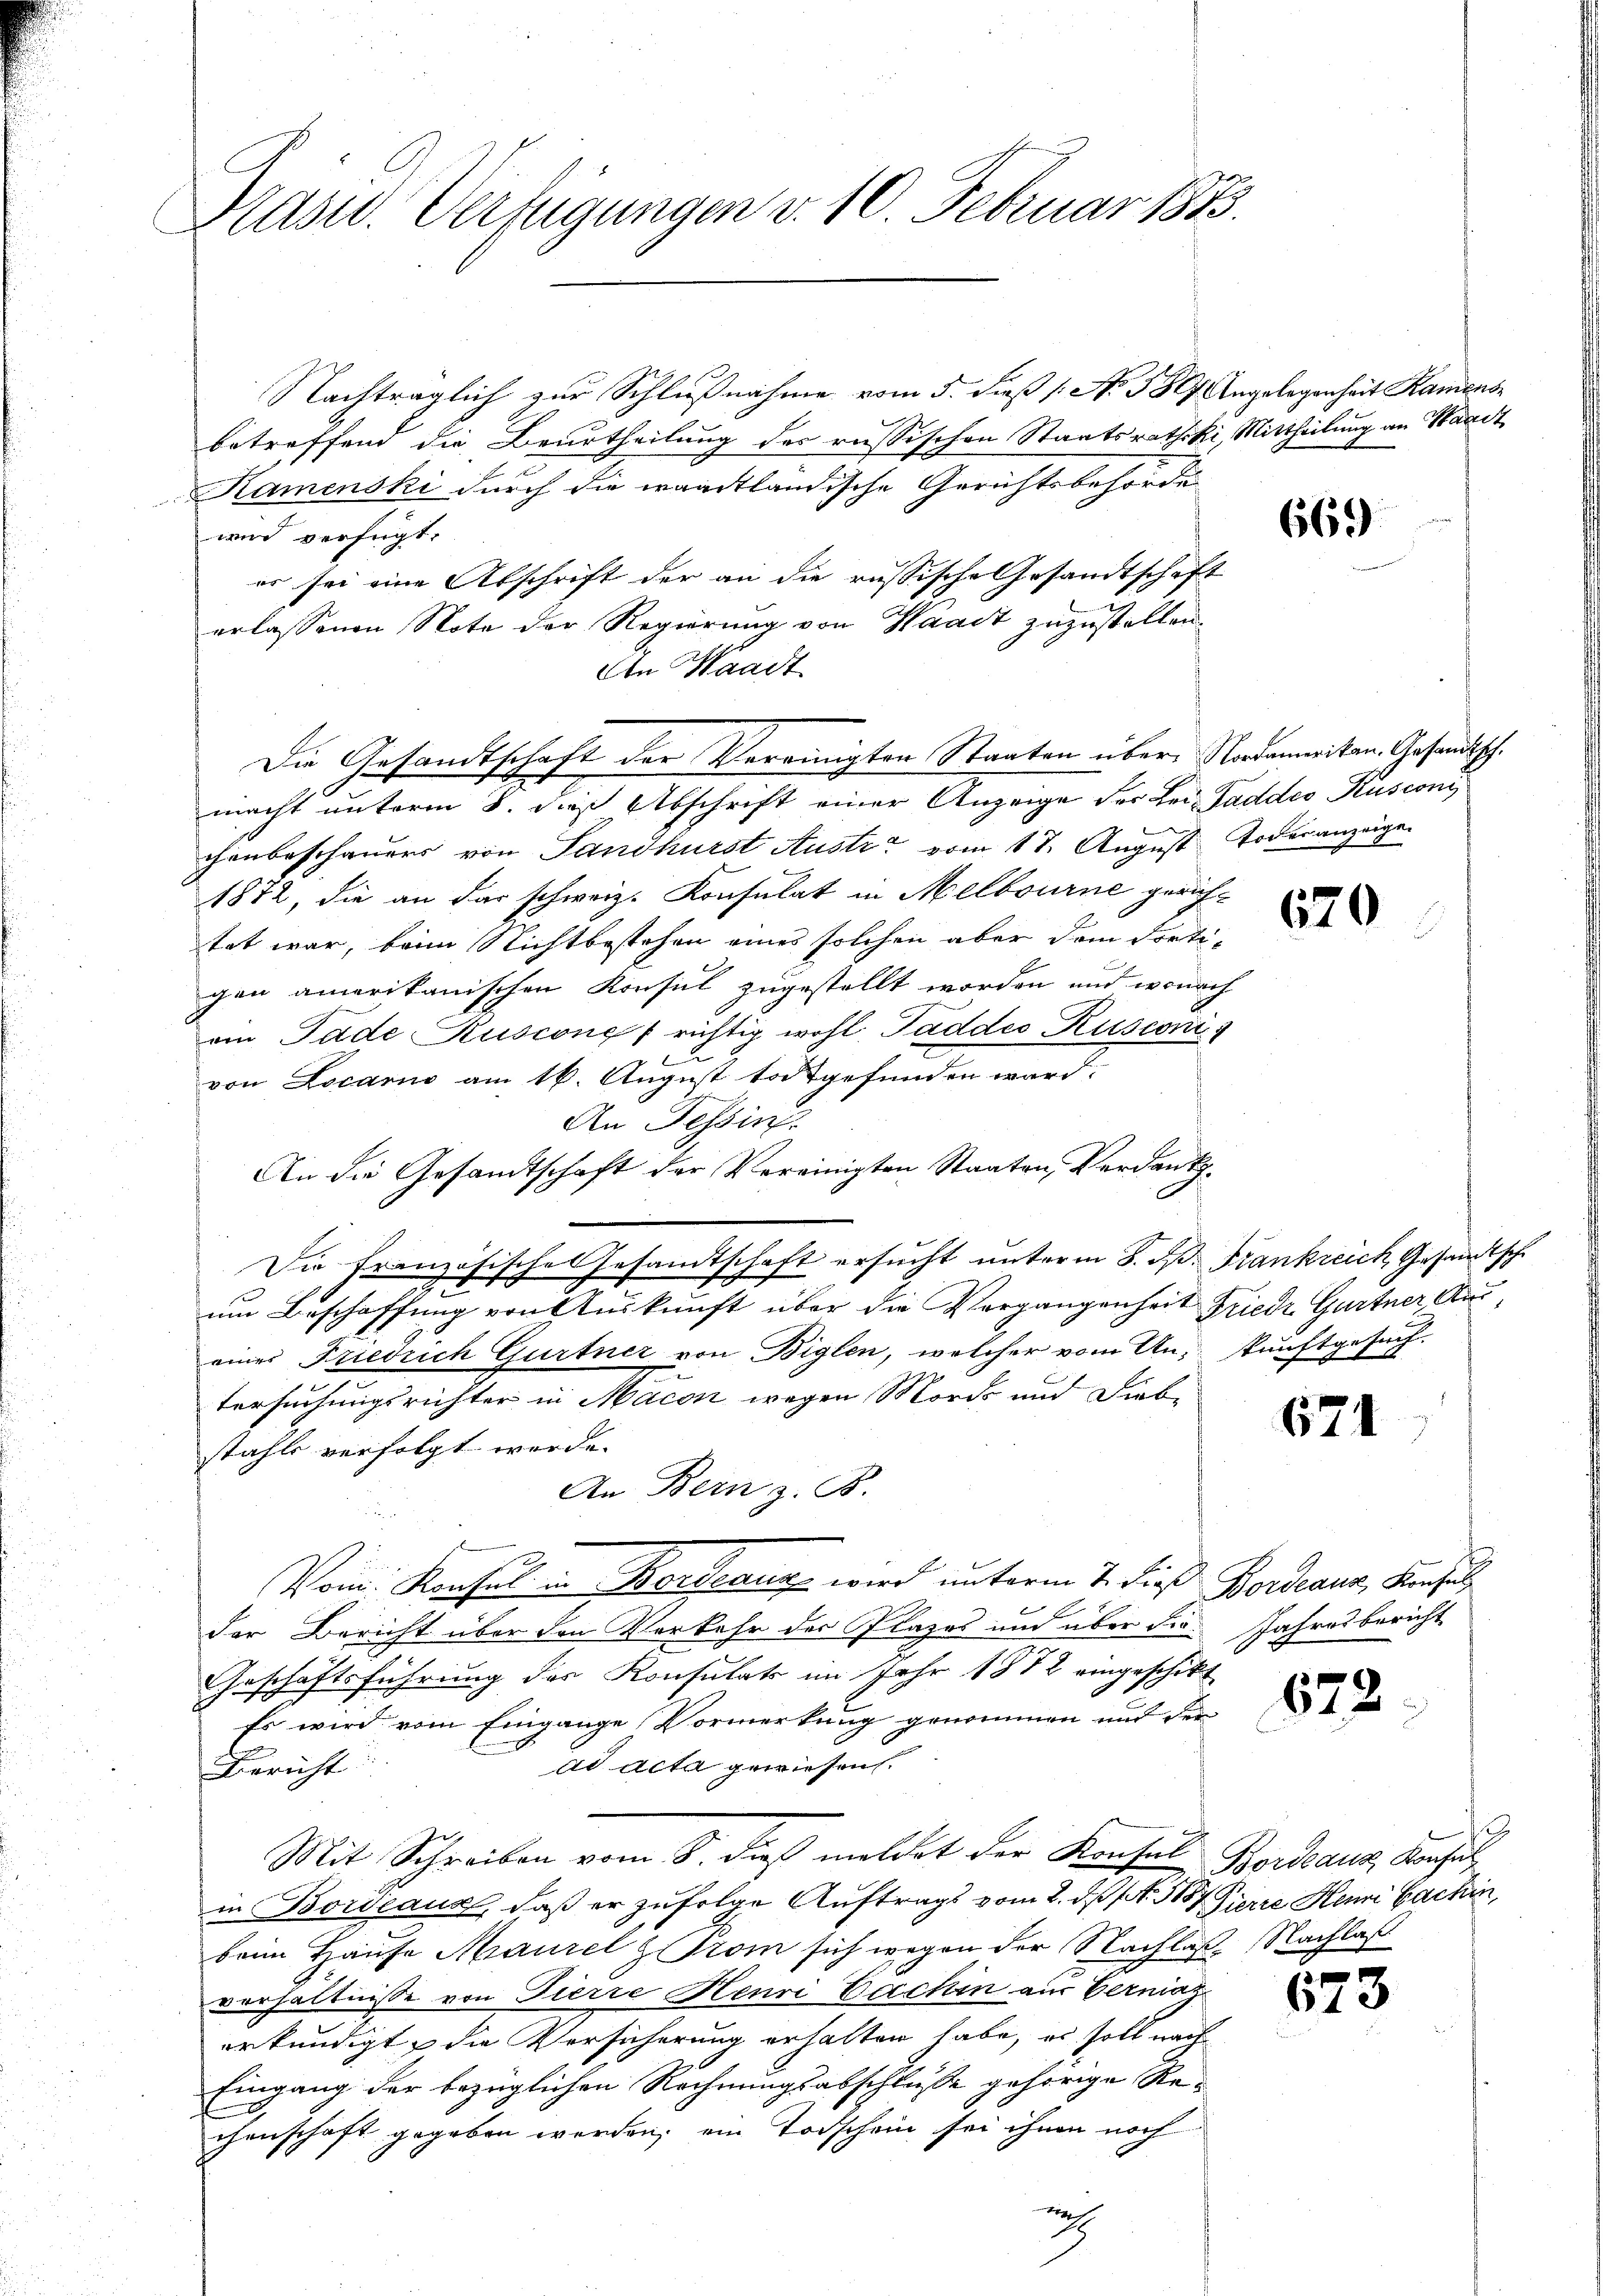
Präsid. Verhigungen v. 10. Februar 1883.

Nachträglich zur Schlußnahme vom 5. dieß (: No 580 Angelegenheit Kamense
betreffend die Beurtheilung des russischen Staatsrathski, Mittheilung an Waadt
Kamenski durch die waadtländische Gerichtsbehörde
wird verfügt:
er sei eine Abschrift der an die russische Gesandtschaft
erlassenen Note der Regierung von Haart zuzustellen.
An Waadt
macht unterm 8. dieß Abschrift einer Anzeige der Bei Faddes Rusconi
chenbeschauers von Sandhurst Austr. vom 17. August Todesanzeige
1872, die an das schweiz. Konsulat in Melbourne gerichtet war, beim Nichtbestehen eines solchen aber dem Fortigen amerikanischen Konsul zugestellt worden und wonach
an Tade Ruscong richtig wohl Paddes Rusconi
von Locarno am 16. August totgefunden ward.
An Tessin.
An die Gesandtschaft der Vereinigten Staaten, Verdank¬
Die französische Gesandtschaft ersucht unterm 8. ds Frankreich Gesandtsch
.
um Beschaffung von Auskunft über die Vergangenheit Friedr Gurtner Auseiner Friedrich Gurtner von Biglen, welcher vom Ankunftgesuch.
tersuchungsrichter in Macon wegen Morde und Diebstahls verfolgt werde.
An Bern z. B.
Vom Konsul u. Kordeaux wird unterm 7. dieß Bordraus, Konsul
der Bericht über den Vorkehr der Plazes und über die Jahresbericht
Geschäftsführung des Konsulats im Jahr 1872 eingeschikt
Es wird vom Eingange Vormerkung genommen und der
ad acta gewiesen.
Bericht
Mit Schreiben vom 8. dieß meldet der Konsul Bordeaus, Konsul
in Bordeaus, daß er zufolge Auftrags vom 2. ds No. 3187 Pirre Henri Sachen,
beim Hause Maurel & Trom sich wegen der Nachlaß. Nachlaß
verhältnisse von Tierre Henri Lachin aus Verniaz
erkundigt, die Versicherung erhalten habe, es soll nach
Eingang der bezüglichen Rechnungsabschlusse gehörige Rechenschaft gegeben werden, ein Todschein sei ihnen noch
a

Die Gesandtschaft der Vereinigten Staaten über Nordamerikan. Gesandtsch.

666)

620

671

872.

623

e